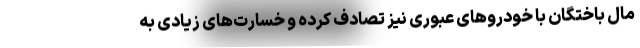
مال باختگان با خودرو‌های عبوری نیز تصادف کرده و خسارت‌های زیادی به